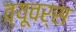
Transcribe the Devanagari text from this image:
व्यूवर्स